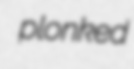
plonked